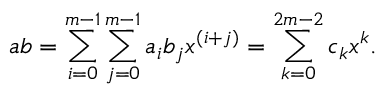
a b = \sum _ { i = 0 } ^ { m - 1 } \sum _ { j = 0 } ^ { m - 1 } a _ { i } b _ { j } x ^ { ( i + j ) } = \sum _ { k = 0 } ^ { 2 m - 2 } c _ { k } x ^ { k } .